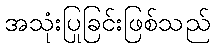
အသုံးပြုခြင်းဖြစ်သည်